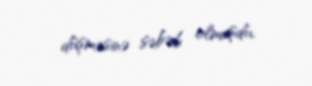
düşməsinə səbəb olmuşdu.